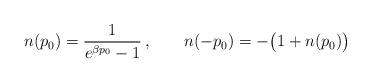
LaTeX: \begin{align*} n(p_0) = {1 \over e^{\beta p_0} -1}\, ,\qquad n(-p_0) = - \bigl( 1 + n(p_0) \bigr)\end{align*}